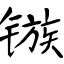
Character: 镞